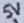
Text: 5V